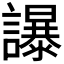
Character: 𧭤